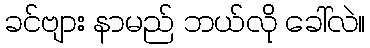
ခင်ဗျား နာမည် ဘယ်လို ခေါ်လဲ။